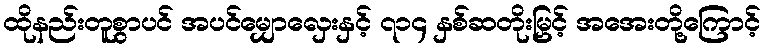
ထိုနည်းတူစွာပင် အပင်မျှောလှေးနှင့် ၇၁၄ နှစ်ဆတိုးမြှင့် အအေးတို့ကြောင့်